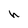
Character: h